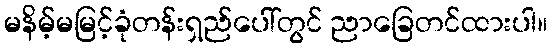
မနိမ့်မမြင့်ခုံတန်းရှည်ပေါ်တွင် ညာခြေတင်ထားပါ။